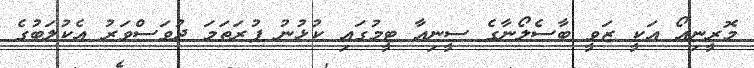
މޮރީނިއޯ އަކީ ޒަވީ ބާސެލޯނާގެ ސީނިއާ ޓީމުގައި ކުޅުނު ފުރަތަމަ ދުވަސްވަރު އެކުލަބުގެ